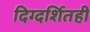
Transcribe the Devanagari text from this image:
दिग्दर्शितही